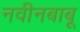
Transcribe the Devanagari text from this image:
नवीनबाबू